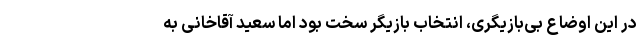
در این اوضاع بی‌بازیگری، انتخاب بازیگر سخت بود اما سعید آقاخانی به